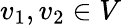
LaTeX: v_{1},v_{2}\in V